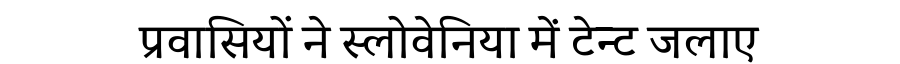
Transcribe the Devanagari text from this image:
प्रवासियों ने स्लोवेनिया में टेन्ट जलाए